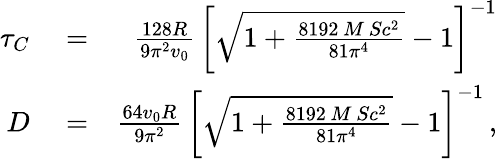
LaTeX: \begin{array}{rlr}{\tau_{C}}&{{}=}&{{\frac{128R}{9\pi^{2}v_{0}}}\, \left[\sqrt{1+{\frac{8192\, M\, Sc^{2}}{81\pi^{4}}}}-1\right]^{-1}}\\ {D}&{{}=}&{{\frac{64v_{0}R}{9\pi^{2}}}\, \left[\sqrt{1+{\frac{8192\, M\, Sc^{2}}{81\pi^{4}}}}-1\right]^{-1}\, ,}\end{array}